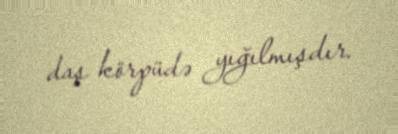
daş körpüdə yığılmışdır.